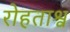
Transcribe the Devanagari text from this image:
रोहताश्व